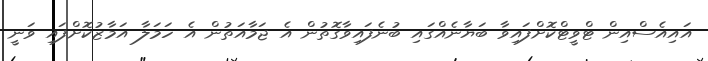
އައިއެސްއިން ޓްވީޓްކޮށްފައިވާ ބަޔާނެއްގައި ބުނެފައިވާގޮތުން އެ ޖަމާއަތުން އެ ހަމަލާ އަމާޒުކޮށްފައި ވަނީ